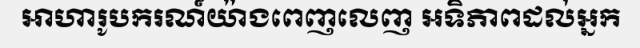
អាហារូបករណ៍យ៉ាងពេញលេញ អទិភាពដល់អ្នក